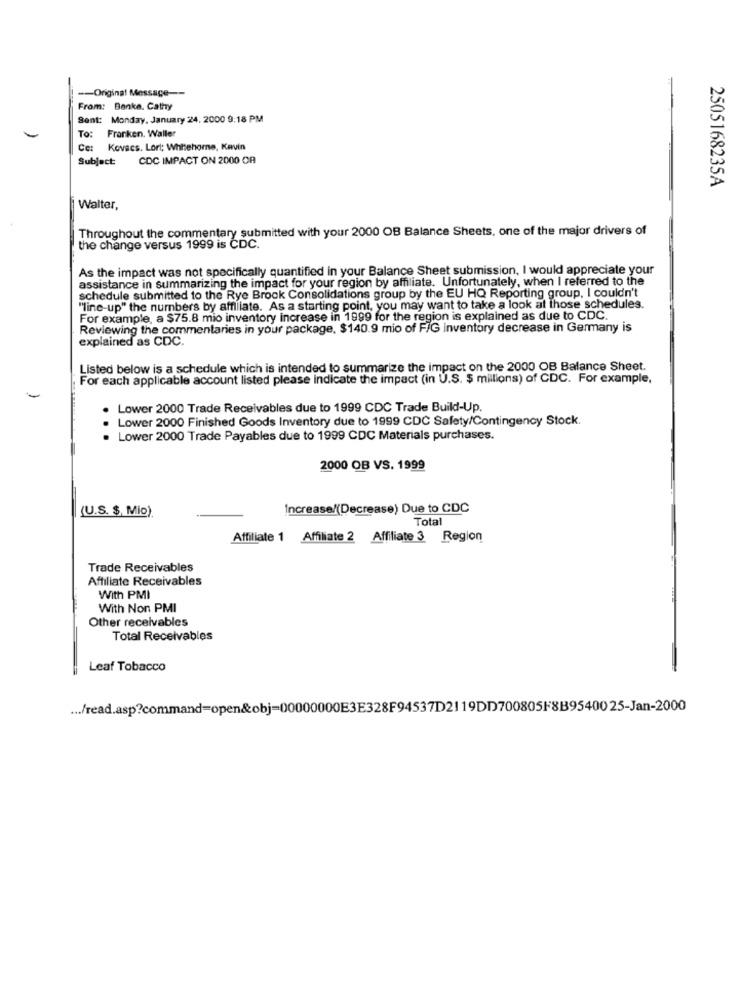
-- Original Message --
From: Banka. Cathy
Sent: Monday, January 24, 2000 9:18 PM
To: Franken, Waller
: Kovacs. Lori; Whitehome, Kevin
Subject:
CDC IMPACT ON 2000 OR
2505168235A
Walter,
Throughout the commentary submitted with your 2000 OB Balance Sheets, one of the major drivers of
the change versus 1999 is CDC.
As the impact was not specifically quantified in your Balance Sheet submission, I would appreciate your
assistance in summarizing the impact for your region by affiliate. Unfortunately, when I referred to the
schedule submitted to the Rye Brock Consolidations group by the EU HQ Reporting group, I couldn't
"line-up" the numbers by affilate. As a starting point, you may want to take a look at those schedules.
For example, a $75.8 mio inventory increase in 1999 for the region is explained as due to CDC.
Reviewing the commentaries in your package, $140.9 mio of FIG inventory decrease in Germany is
explained as CDC.
Listed below is a schedule which is intended to summarize the impact on the 2000 OB Balance Sheet.
For each applicable account listed please indicate the impact (in U.S. $ millions) of CDC. For example,
Lower 2000 Trade Receivables due to 1999 CDC Trade Build-Up.
Lower 2000 Finished Goods Inventory due to 1999 CDC Safety/Contingency Stock.
Lower 2000 Trade Payables due to 1999 CDC Materials purchases.
2000 OB VS. 1999
(U.S. $, Mio).
Increase/(Decrease) Due to CDC
Total
Affiliate 1 Affiliate 2 Affiliate 3 Region
Trade Receivables
Affiliate Receivables
With PMI
With Non PMI
Other receivables
Total Receivables
Leaf Tobacco
... /read.asp?command=open&obj=00000000E3E328F94537D2119DD700805F8B9540025-Jan-2000